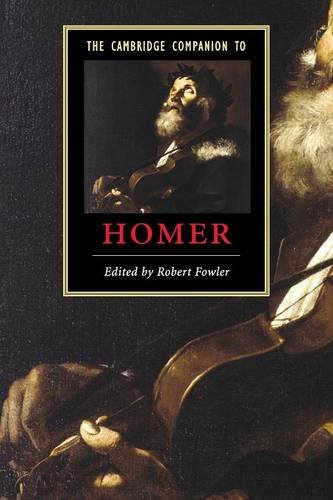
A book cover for The Cambridge Companion to Homer (Cambridge Companions to Literature); Literature & Fiction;